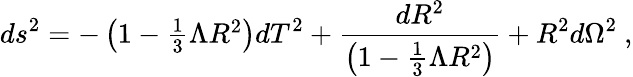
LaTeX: ds^{2}=-\left(1-\textstyle{\frac{1}{3}}\Lambda R^{2}\right)dT^{2}+\frac{dR^{2}}{\left(1-\frac{1}{3}\Lambda R^{2}\right)}+R^{2}d\Omega^{2}~,